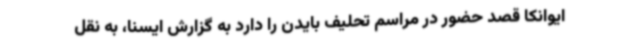
ایوانکا قصد حضور در مراسم تحلیف بایدن را دارد به گزارش ایسنا، به نقل